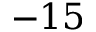
- 1 5